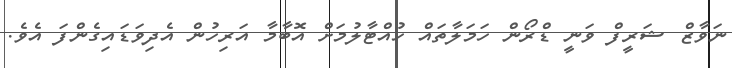
ނަވާޒް ޝަރީފް ވަނީ ޑްރޯން ހަމަލާތައް ހުއްޓާލުމަށް އޮބާމާ އަރިހުން އެދިވަޑައިގެންފަ އެވެ.